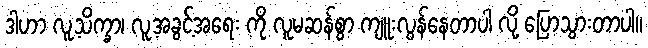
ဒါဟာ လူ့သိက္ခာ၊ လူ့အခွင့်အရေး ကို လူမဆန်စွာ ကျူးလွန်နေတာပါ လို့ ပြောသွားတာပါ။